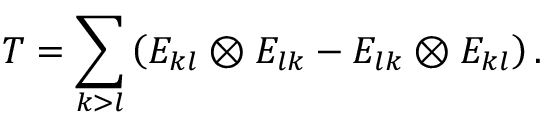
T = \sum _ { k > l } \left( E _ { k l } \otimes E _ { l k } - E _ { l k } \otimes E _ { k l } \right) .